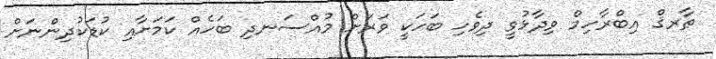
ޠާރޤް އިބްރާހިމް ވިދާޅުވީ ދިވެހި ބަހަކީ ވަރަށް މުއްސަނދި ބަހެއް ކަމަށާއި ކުޑަކުދިންނަށް